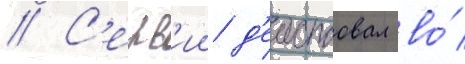
// С'ерв'ии д'еиствовал во́